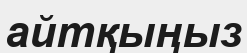
айтқыңыз